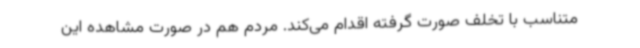
متناسب با تخلف صورت گرفته اقدام می‌کند. مردم هم در صورت مشاهده این